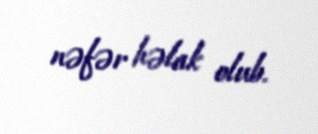
nəfər həlak olub.